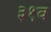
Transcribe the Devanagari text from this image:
३१व